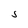
Character: S